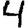
Digit: 4